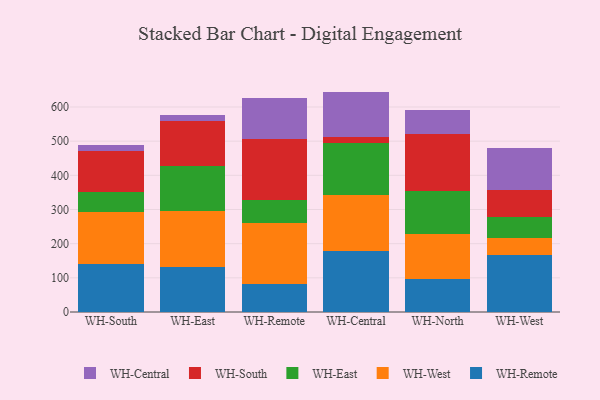
{"axis": {"x": "Warehouse", "y": "Shipments"}, "legend": ["WH-Central", "WH-East", "WH-Remote", "WH-South", "WH-West"], "data": [{"x": "WH-South", "y": 141.7, "type": "WH-Remote"}, {"x": "WH-South", "y": 149.6, "type": "WH-West"}, {"x": "WH-South", "y": 60.2, "type": "WH-East"}, {"x": "WH-South", "y": 120.0, "type": "WH-South"}, {"x": "WH-South", "y": 17.5, "type": "WH-Central"}, {"x": "WH-East", "y": 132.0, "type": "WH-Remote"}, {"x": "WH-East", "y": 162.8, "type": "WH-West"}, {"x": "WH-East", "y": 133.0, "type": "WH-East"}, {"x": "WH-East", "y": 132.7, "type": "WH-South"}, {"x": "WH-East", "y": 17.1, "type": "WH-Central"}, {"x": "WH-Remote", "y": 83.1, "type": "WH-Remote"}, {"x": "WH-Remote", "y": 176.0, "type": "WH-West"}, {"x": "WH-Remote", "y": 67.6, "type": "WH-East"}, {"x": "WH-Remote", "y": 178.9, "type": "WH-South"}, {"x": "WH-Remote", "y": 119.7, "type": "WH-Central"}, {"x": "WH-Central", "y": 177.2, "type": "WH-Remote"}, {"x": "WH-Central", "y": 164.9, "type": "WH-West"}, {"x": "WH-Central", "y": 152.1, "type": "WH-East"}, {"x": "WH-Central", "y": 18.9, "type": "WH-South"}, {"x": "WH-Central", "y": 132.0, "type": "WH-Central"}, {"x": "WH-North", "y": 95.6, "type": "WH-Remote"}, {"x": "WH-North", "y": 132.6, "type": "WH-West"}, {"x": "WH-North", "y": 127.2, "type": "WH-East"}, {"x": "WH-North", "y": 166.3, "type": "WH-South"}, {"x": "WH-North", "y": 68.3, "type": "WH-Central"}, {"x": "WH-West", "y": 168.0, "type": "WH-Remote"}, {"x": "WH-West", "y": 49.0, "type": "WH-West"}, {"x": "WH-West", "y": 60.5, "type": "WH-East"}, {"x": "WH-West", "y": 78.4, "type": "WH-South"}, {"x": "WH-West", "y": 124.8, "type": "WH-Central"}]}